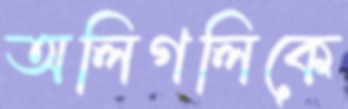
অলিগলিকে